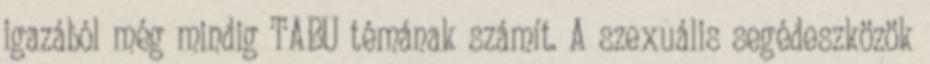
igazából még mindig TABU témának számít. A szexuális segédeszközök